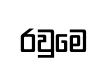
රවුමෙ